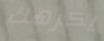
يكرهك